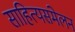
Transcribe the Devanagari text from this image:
साहित्यसंमेलन